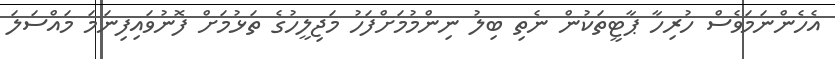
އެހެންނަމަވެސް ހުރިހާ ޕާޓީތަކުން ނެތި ބިލު ނިންމުމަށްފަހު މަޖިލީހުގެ ތަޅުމަށް ފޮނުވައިފިނަމަ މައްސަލަ